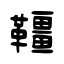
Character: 韁